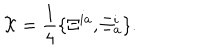
{ \cal X } = \frac { 1 } { 4 } \{ \Xi ^ { i a } , \Xi _ { a } ^ { i } \} .